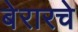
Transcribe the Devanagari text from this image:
बेरारचे